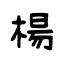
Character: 楊